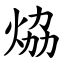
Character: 㶸